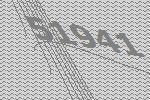
51941